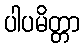
ပါပမိတ္တာ